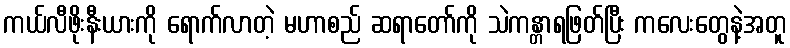
ကယ်လီဖိုးနီးယားကို ရောက်လာတဲ့ မဟာစည် ဆရာတော်ကို သဲကန္တာရဖြတ်ပြီး ကလေးတွေနဲ့အတူ